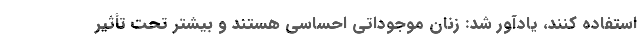
استفاده کنند، یادآور شد: زنان موجوداتی احساسی هستند و بیشتر تحت تأثیر